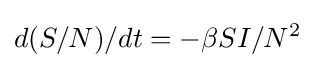
d(S/N)/dt=-\beta SI/N^{2}